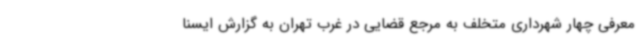
معرفی چهار شهرداری متخلف به مرجع قضایی در غرب تهران به گزارش ایسنا